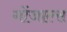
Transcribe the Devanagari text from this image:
गोंजाल्स